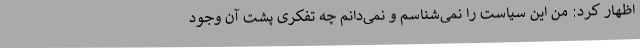
اظهار کرد: من این سیاست را نمی‌شناسم و نمی‌دانم چه تفکری پشت آن وجود